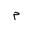
Letter: _mim